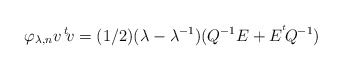
\begin{align*}\varphi_{\lambda,n} v\,^t\!v=(1/2)(\lambda-\lambda^{-1})(Q^{-1}E+E^{^t}\!Q^{-1})\end{align*}